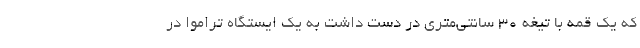
که یک قمه با تیغه ۳۰ سانتی‌متری در دست داشت به یک ایستگاه تراموا در